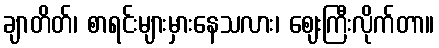
ချာတိတ်၊ စာရင်းများမှားနေသလား၊ ဈေးကြီးလိုက်တာ။